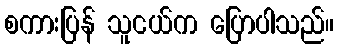
စကားပြန် သူငယ်က ပြောပါသည်။